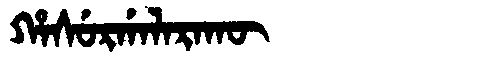
Manchu: ᡥᠠᠰᡠᡵᡤᠠᠯᠠᡵᠠᡴᡡ
Romanization: HASURGALARAKŪ